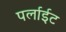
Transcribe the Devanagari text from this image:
पर्लाईट